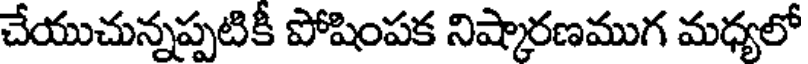
చేయుచున్నప్పటికీ పోషింపక నిష్కారణముగ మధ్యలో